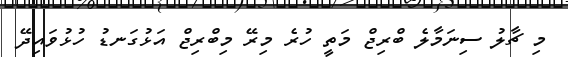
މި ޗާލު ސިނަމާލެ ބްރިޖް މަތީ ހުރެ މިރޭ މިބްރިޖް އަޅުގަނޑު ހުޅުވައިދޭ